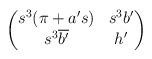
LaTeX: \begin{align*}\begin{pmatrix}s^3(\pi+a's)& s^3b'\\s^3\overline{b'}& h'\end{pmatrix}\end{align*}